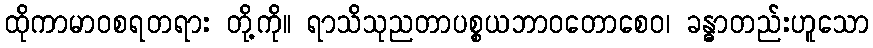
ထိုကာမာဝစရတရား တို့ကို။ ရာသိသုညတာပစ္စယဘာဝတောစေဝ၊ ခန္ဓာတည်းဟူသော